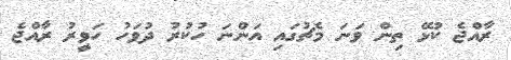
ރާއްޖެ ކުޅޭ ތިން ވަނަ މެޗުގައި އަންނަ ހުކުރު ދުވަހު ހަވީރު ރާއްޖެ